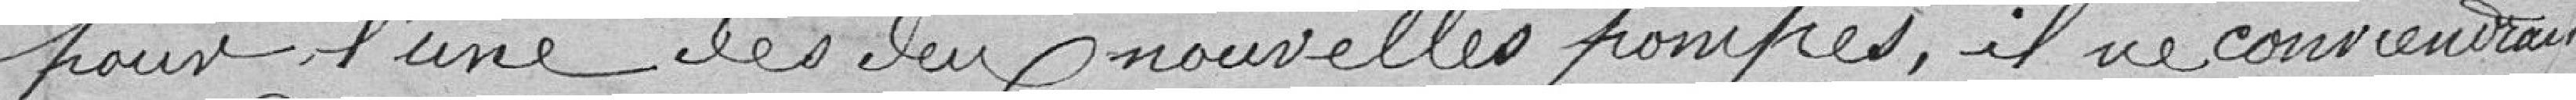
pour l'une des deux nouvelles pompes, il ne conviendrait